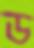
ড